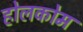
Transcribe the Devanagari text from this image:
होलकोम